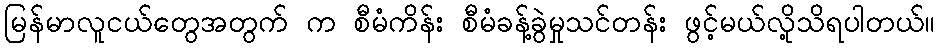
မြန်မာလူငယ်တွေအတွက် က စီမံကိန်း စီမံခန့်ခွဲမှုသင်တန်း ဖွင့်မယ်လို့သိရပါတယ်။